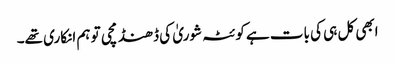
ابھی کل ہی کی بات ہے کوئٹہ شوریٰ کی ڈھنڈ مچی تو ہم انکاری تھے۔